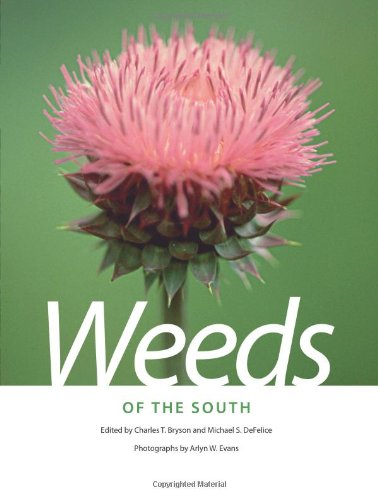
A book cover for Weeds of the South (Wormsloe Foundation Nature Book); Science & Math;